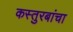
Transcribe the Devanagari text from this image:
कस्तुरबांचा